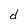
Character: d